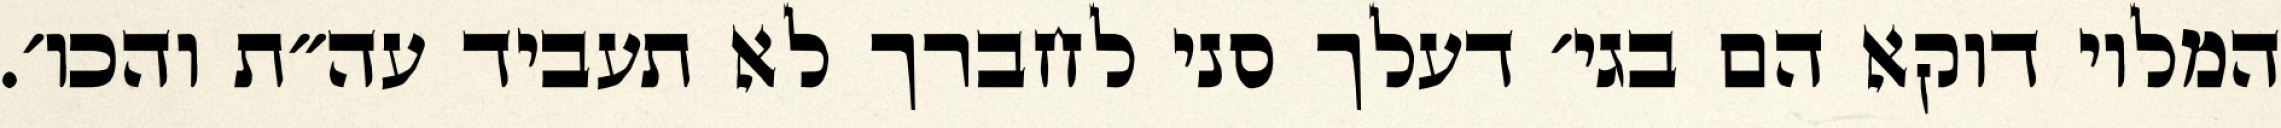
המלוי דוקא הם בגי׳ דעלך סני לחברך לא תעביד עה״ת והכו׳.